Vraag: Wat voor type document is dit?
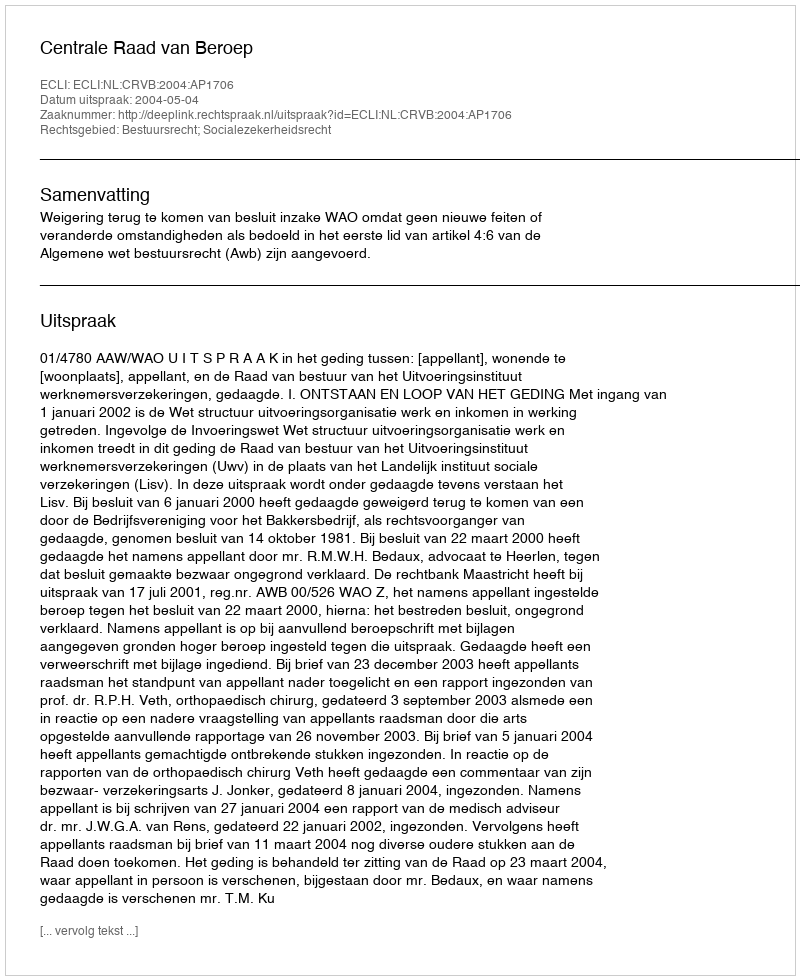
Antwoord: Uitspraak